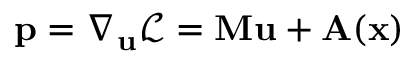
\mathbf { p } = \nabla _ { \mathbf { u } } \mathcal { L } = \mathbf { M } \mathbf { u } + \mathbf { A } ( \mathbf { x } )